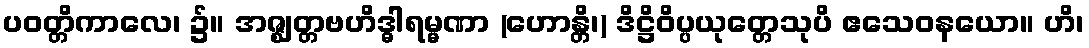
ပဝတ္တိကာလေ၊ ၌။ အဇ္ဈတ္တဗဟိဒ္ဓါရမ္မဏာ (ဟောန္တိ၊) ဒိဋ္ဌိဝိပ္ပယုတ္တေသုပိ ဧသေဝနယော။ ဟိ၊